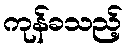
ကုန်ခသည့်